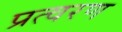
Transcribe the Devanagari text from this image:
प्रत्वरण